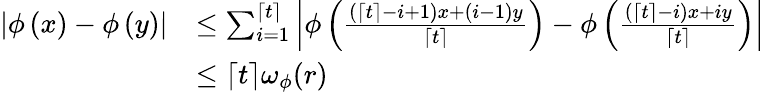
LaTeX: \begin{array}{rl}{\left|\phi\left(x\right)-\phi\left(y\right)\right|}&{\le\sum_{i=1}^{\lceil t\rceil}\left|\phi\left(\frac{(\lceil t\rceil-i+1)x+(i-1)y}{\lceil t\rceil}\right)-\phi\left(\frac{(\lceil t\rceil-i)x+iy}{\lceil t\rceil}\right)\right|}\\ &{\le\lceil t\rceil\omega_{\phi}(r)}\end{array}